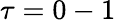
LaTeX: \tau=0-1